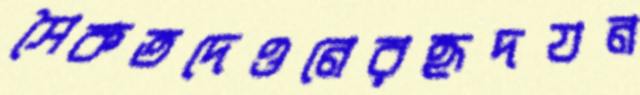
সৈকতদেওনেরহৃদযন